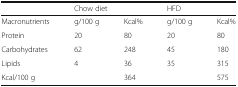
<table><thead><tr><td></td><td colspan="2"><b>Chow diet</b></td><td colspan="2"><b>HFD</b></td></tr></thead><tbody><tr><td>Macronutrients</td><td>g/100 g</td><td>Kcal%</td><td>g/100 g</td><td>Kcal%</td></tr><tr><td>Protein</td><td>20</td><td>80</td><td>20</td><td>80</td></tr><tr><td>Carbohydrates</td><td>62</td><td>248</td><td>45</td><td>180</td></tr><tr><td>Lipids</td><td>4</td><td>36</td><td>35</td><td>315</td></tr><tr><td>Kcal/100 g</td><td></td><td>364</td><td></td><td>575</td></tr></tbody></table>